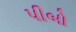
પીબો